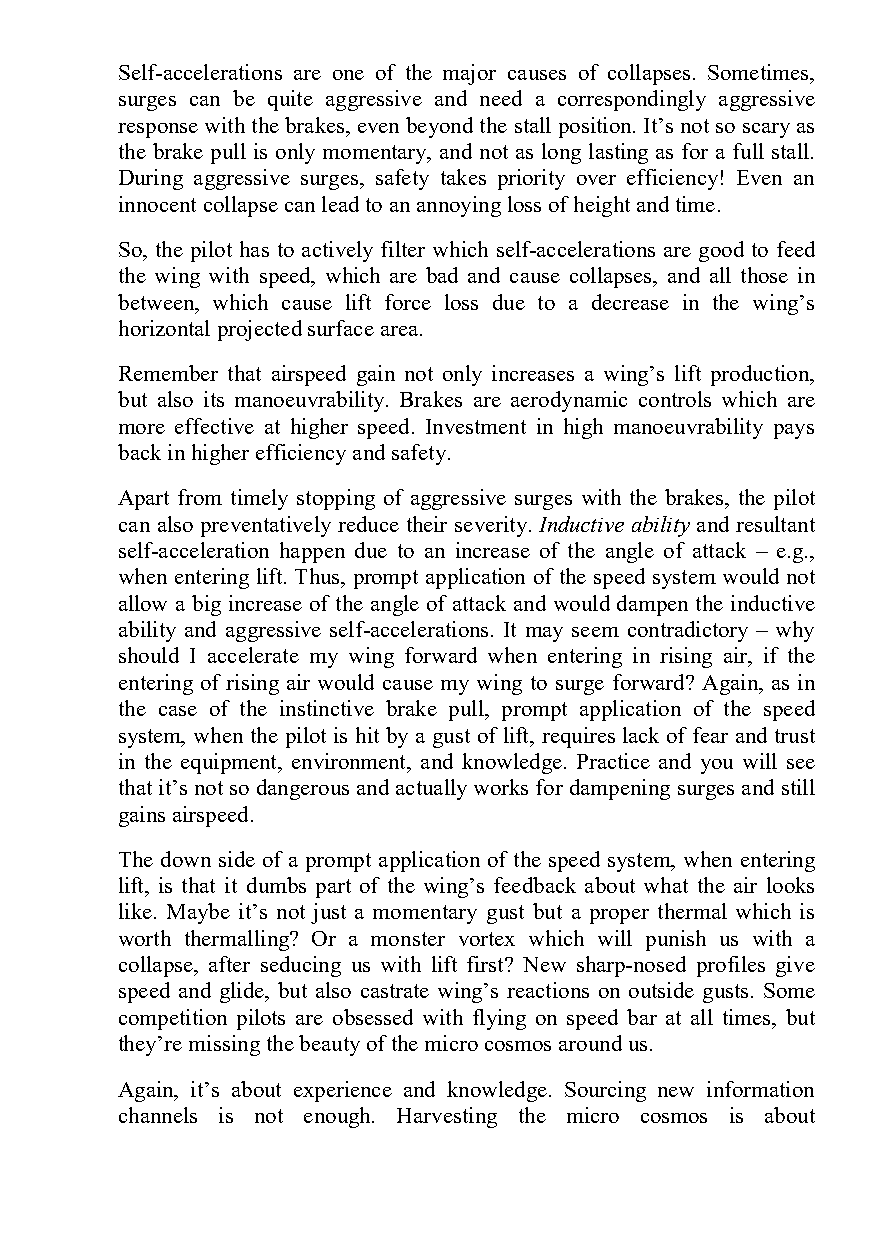
Self-accelerations are one of the major causes of collapses. Sometimes,
 surges can be quite aggressive and need a correspondingly aggressive
 response with the brakes, even beyond the stall position. It’s not so scary as
 the brake pull is only momentary, and not as long lasting as for a full stall.
 During aggressive surges, safety takes priority over efficiency! Even an
 innocent collapse can lead to an annoying loss of height and time.
 So, the pilot has to actively filter which self-accelerations are good to feed
 the wing with speed, which are bad and cause collapses, and all those in
 between, which cause lift force loss due to a decrease in the wing’s
 horizontal projected surface area.
 Remember that airspeed gain not only increases a wing’s lift production,
 but also its manoeuvrability. Brakes are aerodynamic controls which are
 more effective at higher speed. Investment in high manoeuvrability pays
 back in higher efficiency and safety.
 Apart from timely stopping of aggressive surges with the brakes, the pilot
 can also preventatively reduce their severity. Inductive ability and resultant
 self-acceleration happen due to an increase of the angle of attack – e.g.,
 when entering lift. Thus, prompt application of the speed system would not
 allow a big increase of the angle of attack and would dampen the inductive
 ability and aggressive self-accelerations. It may seem contradictory – why
 should I accelerate my wing forward when entering in rising air, if the
 entering of rising air would cause my wing to surge forward? Again, as in
 the case of the instinctive brake pull, prompt application of the speed
 system, when the pilot is hit by a gust of lift, requires lack of fear and trust
 in the equipment, environment, and knowledge. Practice and you will see
 that it’s not so dangerous and actually works for dampening surges and still
 gains airspeed.
 The down side of a prompt application of the speed system, when entering
 lift, is that it dumbs part of the wing’s feedback about what the air looks
 like. Maybe it’s not just a momentary gust but a proper thermal which is
 worth thermalling? Or a monster vortex which will punish us with a
 collapse, after seducing us with lift first? New sharp-nosed profiles give
 speed and glide, but also castrate wing’s reactions on outside gusts. Some
 competition pilots are obsessed with flying on speed bar at all times, but
 they’re missing the beauty of the micro cosmos around us.
 Again, it’s about experience and knowledge. Sourcing new information
 channels is not enough. Harvesting the micro cosmos is about